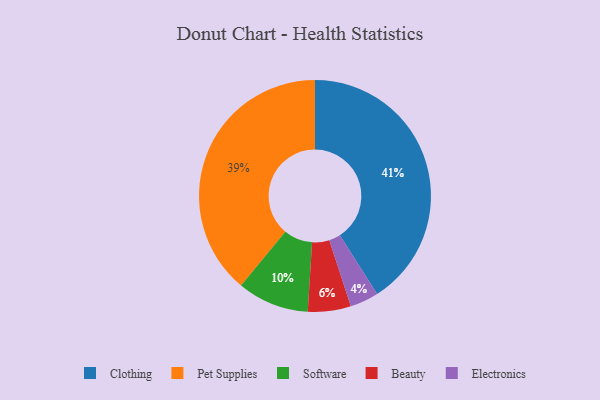
{"axis": {"x": "Category", "y": "Percentage"}, "legend": ["Beauty", "Clothing", "Electronics", "Pet Supplies", "Software"], "data": [{"x": "Beauty", "y": 6, "type": "Beauty"}, {"x": "Electronics", "y": 4, "type": "Electronics"}, {"x": "Clothing", "y": 41, "type": "Clothing"}, {"x": "Pet Supplies", "y": 39, "type": "Pet Supplies"}, {"x": "Software", "y": 10, "type": "Software"}]}